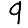
Digit: 9